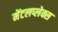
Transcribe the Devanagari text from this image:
मेंटलप्लेक्स